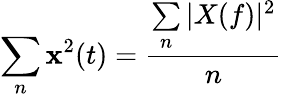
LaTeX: \sum\limits_{n}\mathbf{x}^{2}(t)=\frac{{\sum\limits_{n}|X(f)|^{2}}}{{n}}